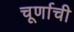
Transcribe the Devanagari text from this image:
चूर्णाची